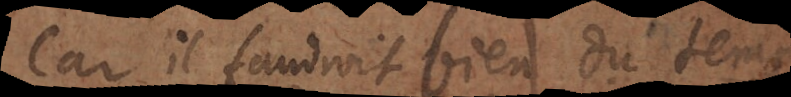
Car il faudroit bien du temps